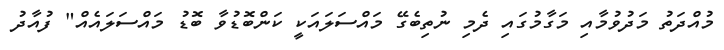
މުއްދަތު މަދުވުމާއި މަގާމުގައި ދެމި ނުތިބެގޭ މައްސަލައަކީ ކަންބޮޑުވާ ބޮޑު މައްސަލައެއް" ފުއާދު